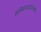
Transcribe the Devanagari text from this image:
शनिवारवाड्यासमोर